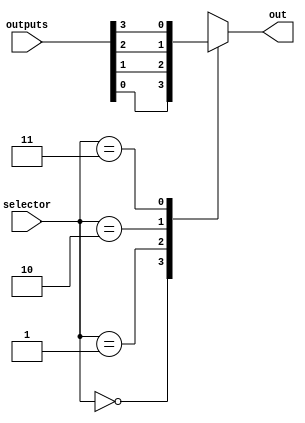
module multiplexer(input [1:0] selector, input [3:0] outputs, output reg out);
  always @* 
  begin
    case(selector)
      2'b00: out = outputs[0];
      2'b01: out = outputs[1];
      2'b10: out = outputs[2];
      2'b11: out = outputs[3];
      default: out = 1'b0;
    endcase
  end
endmodule

module second(input [2:0] x, output [1:0] y);
  multiplexer multiplexer1({x[2], x[1]}, {~x[0], ~x[0], x[0], ~x[0]}, y[1]);
  multiplexer multiplexer2({x[2], x[1]}, {~x[0], 1'b1, ~x[0], x[0]}, y[0]);
endmodule